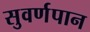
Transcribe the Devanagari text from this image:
सुवर्णपान